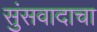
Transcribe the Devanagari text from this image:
सुंसवादाचा